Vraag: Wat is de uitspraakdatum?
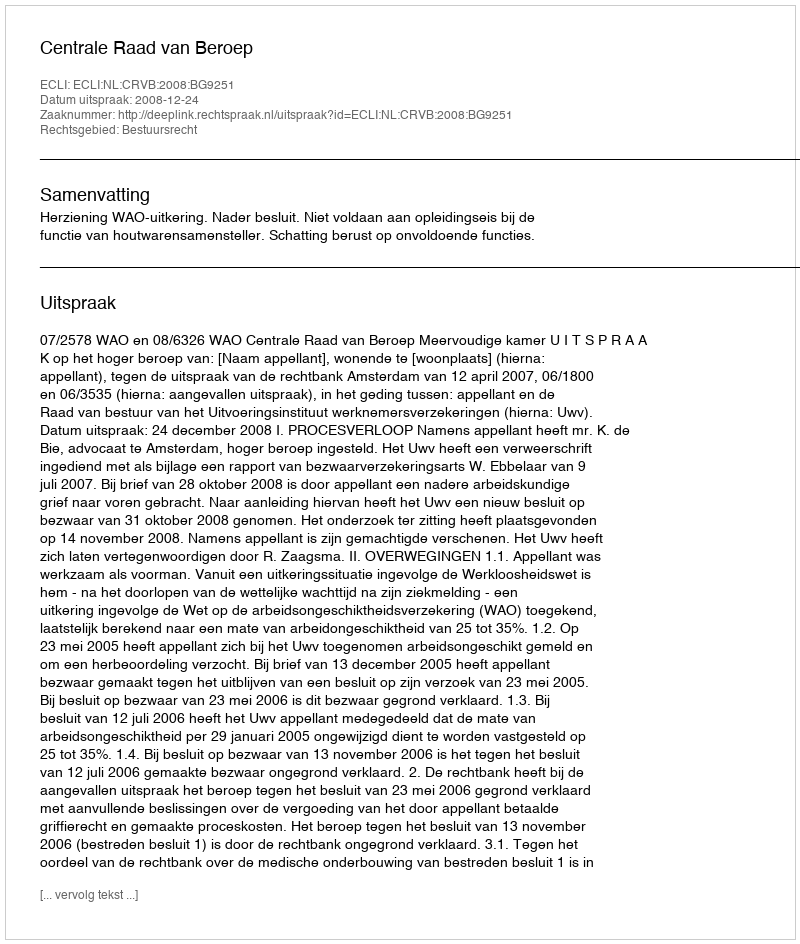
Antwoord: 2008-12-24